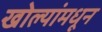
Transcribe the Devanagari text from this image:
खोल्यांमधून